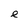
Character: e